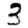
Digit: 3